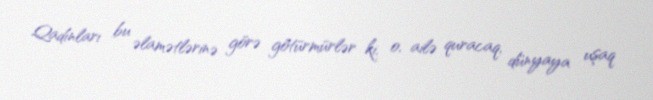
Qadınları bu əlamətlərinə görə götürmürlər ki, o, ailə quracaq, dünyaya uşaq